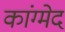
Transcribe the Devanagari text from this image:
कांग्मेद